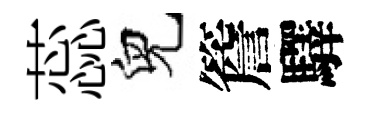
蕊兒簷驛